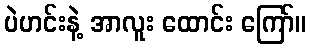
ပဲဟင်းနဲ့ အာလူး ထောင်း ကြော်။